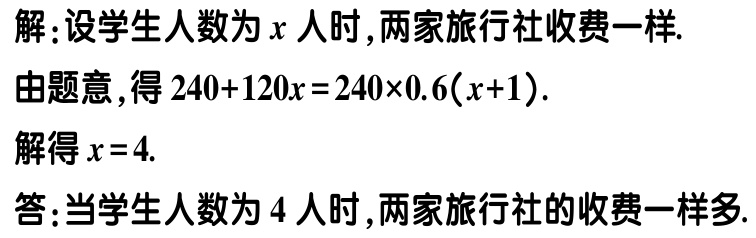
解：设学生人数为\(x\)人时,两家旅行社收费一样.
由题意，得\(240 + 120x = 240\times0.6(x + 1)\).
解得\(x = 4\).
答：当学生人数为\(4\)人时,两家旅行社的收费一样多.